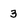
Character: 3